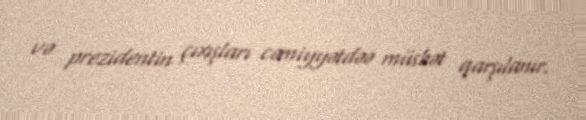
və prezidentin çıxışları cəmiyyətdəə müsbət qarşılanır.